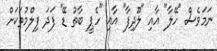
ނަމަވެސް "ހޭލާ" އާއި "ލޫދިފާ" އާއި "ހެޕީ ބާތު ޑޭ" ފަދަ ފިލްމުތަކަށް